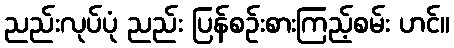
ညည်းလုပ်ပုံ ညည်း ပြန်စဉ်းစားကြည့်စမ်း ဟင်။